Medical and sanitary report of the native army of Bengal for the year
Year: 1876
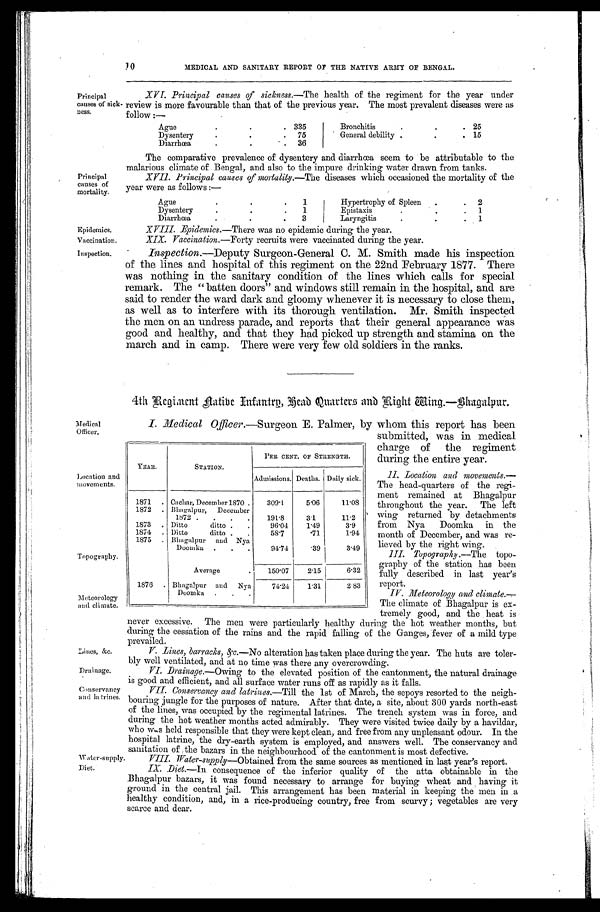
Epidemics.
Vaccination.
never excessive. The men were particularly healthy during the hot weather months, but
during the cessation of the rains and the rapid falling of the Ganges, fever of a mild type
prevailed.
V.—Lines, barracks, &c.—No alteration has taken place during the year. The huts are toler-
bly well ventilated, and at no time was there any overcrowding.
Drainage.
Conservancy
and la trines.
Water-supply.
Diet.
Principal
causes of sick-
ness.
Principal causes of sickness. —The health of the regiment for the year under
review is more favourable than that of the previous year. The most prevalent diseases were as
follow :—
Principal
causes of
mortality.
Ague. 335
Bronchitis
. 25
Dysentery.
75
' General debility .
.
.
15
Diarrhœa
- . 36
The comparative prevalence of dysentery and diarrhœa seem to be attributable to the
malarious climate of Bengal, and also to the impure drinking water drawn from tanks.
XVII. Principal causes of mortality. —The diseases which occasioned the mortality of the
year were as follows :—
Ague.
1
Hypertrophy of Spleen
.
.
2
Dysentery.
1
.
Epistaxis
.
1
.
Diarrhœa
.
3
Laryngitis
.
.
.
1
XVIII. Epidemics. —There was no epidemic during the year.
XIX. Vaccination. —Forty recruits were vaccinated during the year.
Inspection.
Inspection.—Deputy Surgeon-General C. M. Smith made his inspection
of the lines and hospital of this regiment on the 22nd February 1877. There
was nothing in the sanitary condition of the lines which calls for special
remark. The " batten doors" and windows still remain in the hospital, and are
said to render the ward dark and gloomy whenever it is necessary to close them,
as well as to interfere with its thorough ventilation. Mr. Smith inspected
the men on an undress parade, and reports that their general appearance was
good and healthy, and that they had picked up strength and stamina on the
march and in camp. There were very few old soldiers in the ranks.
4th Regiment native Infantry, Head Quarters and Ri g ht Wing.—Bhagalpur.
Medical
Officer.
I. Medical Officer.—Surgeon E. Palmer, by whom this report has been
Location and
movements.
Topography.
Meteorology
and climate.
Lines. &c.
YEAR.
STATION.
PER CENT. OF STRENGTH.
Admissions. Deaths. Daily sick.
1871
. Cachar, December 1870 .
309.1
5.06
11.08
1872
. Bhagalpur,
December
1872 .
.
.
.
191.8
3.1
11.2
1873
. Ditto
ditto .
.
96.04
1.49
3.9
1874
. Ditto
ditto .
.
58.7
. 7 1
1.94
1875
. Bhagalpur
and Nya
Doomka
.
.
.
94.74
. 3 9
3.49
Average
.
150.07
2.15
6.32
1876
. Bhagalpur and
Nya
Doomka
.
.
74.24
1.31
2.83
submitted, was in medical
charge of the regiment
during the entire year.
II. Location and movements.—
The head-quarters of the regi-
ment remained at Bhagalpur
throughout the year. The left
wing returned by detachments
from Nya Doomka in the
month of December, and was re-
lieved by the right wing.
III. Topography.—The topo-
graphy of the station has been
fully described in last year's
report.
IV. Meteorology and climate.—
The climate of Bhagalpur is ex-
tremely good, and the heat is
VI. Drainage.—Owing to the elevated position of the cantonment, the natural drainage
is good and efficient, and all surface water runs off as rapidly as it falls.
VII. Conservancy and latrines. —Till the 1st of March, the sepoys resorted to the neigh-
bouring jungle for the purposes of nature. After that date, a site, about 300 yards north-east
of the lines, was occupied by the regimental latrines. The trench system was in force, and
during the hot weather months acted admirably. They were visited twice daily by a havildar,
who was held responsible that they were kept clean, and free from any unpleasant odour. In the
hospital latrine, the dry-earth system is employed, and answers well. The conservancy and
sanitation of the bazars in the neighbourhood of the cantonment is most defective.
VIII. Water-supply—Obtained from the same sources as mentioned in last year's report.
IX .Diet.—In consequence of the inferior quality of the atta obtainable in the
Bhagalpur bazars, it was found necessary to arrange for buying wheat and having it
ground in the central jail. This arrangement has been material in keeping the men in a
healthy condition, and, in a rice-producing country, free from scurvy ; vegetables are very
scarce and dear.